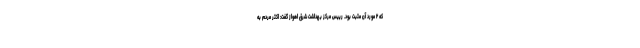
که ۲ مورد آن مثبت بود. رییس مرکز بهداشت شرق اهواز گفت: اکثر مردم به